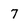
Character: 7